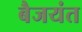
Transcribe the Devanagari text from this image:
बैजयंत